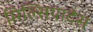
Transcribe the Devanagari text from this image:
मिल्सियादेस